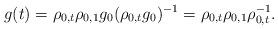
LaTeX: \begin{align*} g(t) = \rho_{0,t} \rho_{0,1} g_0 (\rho_{0,t} g_0)^{-1} = \rho_{0,t}\rho_{0,1} \rho_{0,t} ^{-1} .\end{align*}